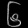
Digit: ၆